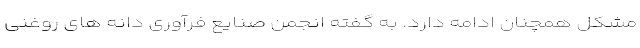
مشکل همچنان ادامه دارد. به گفته انجمن صنایع فرآوری دانه های روغنی